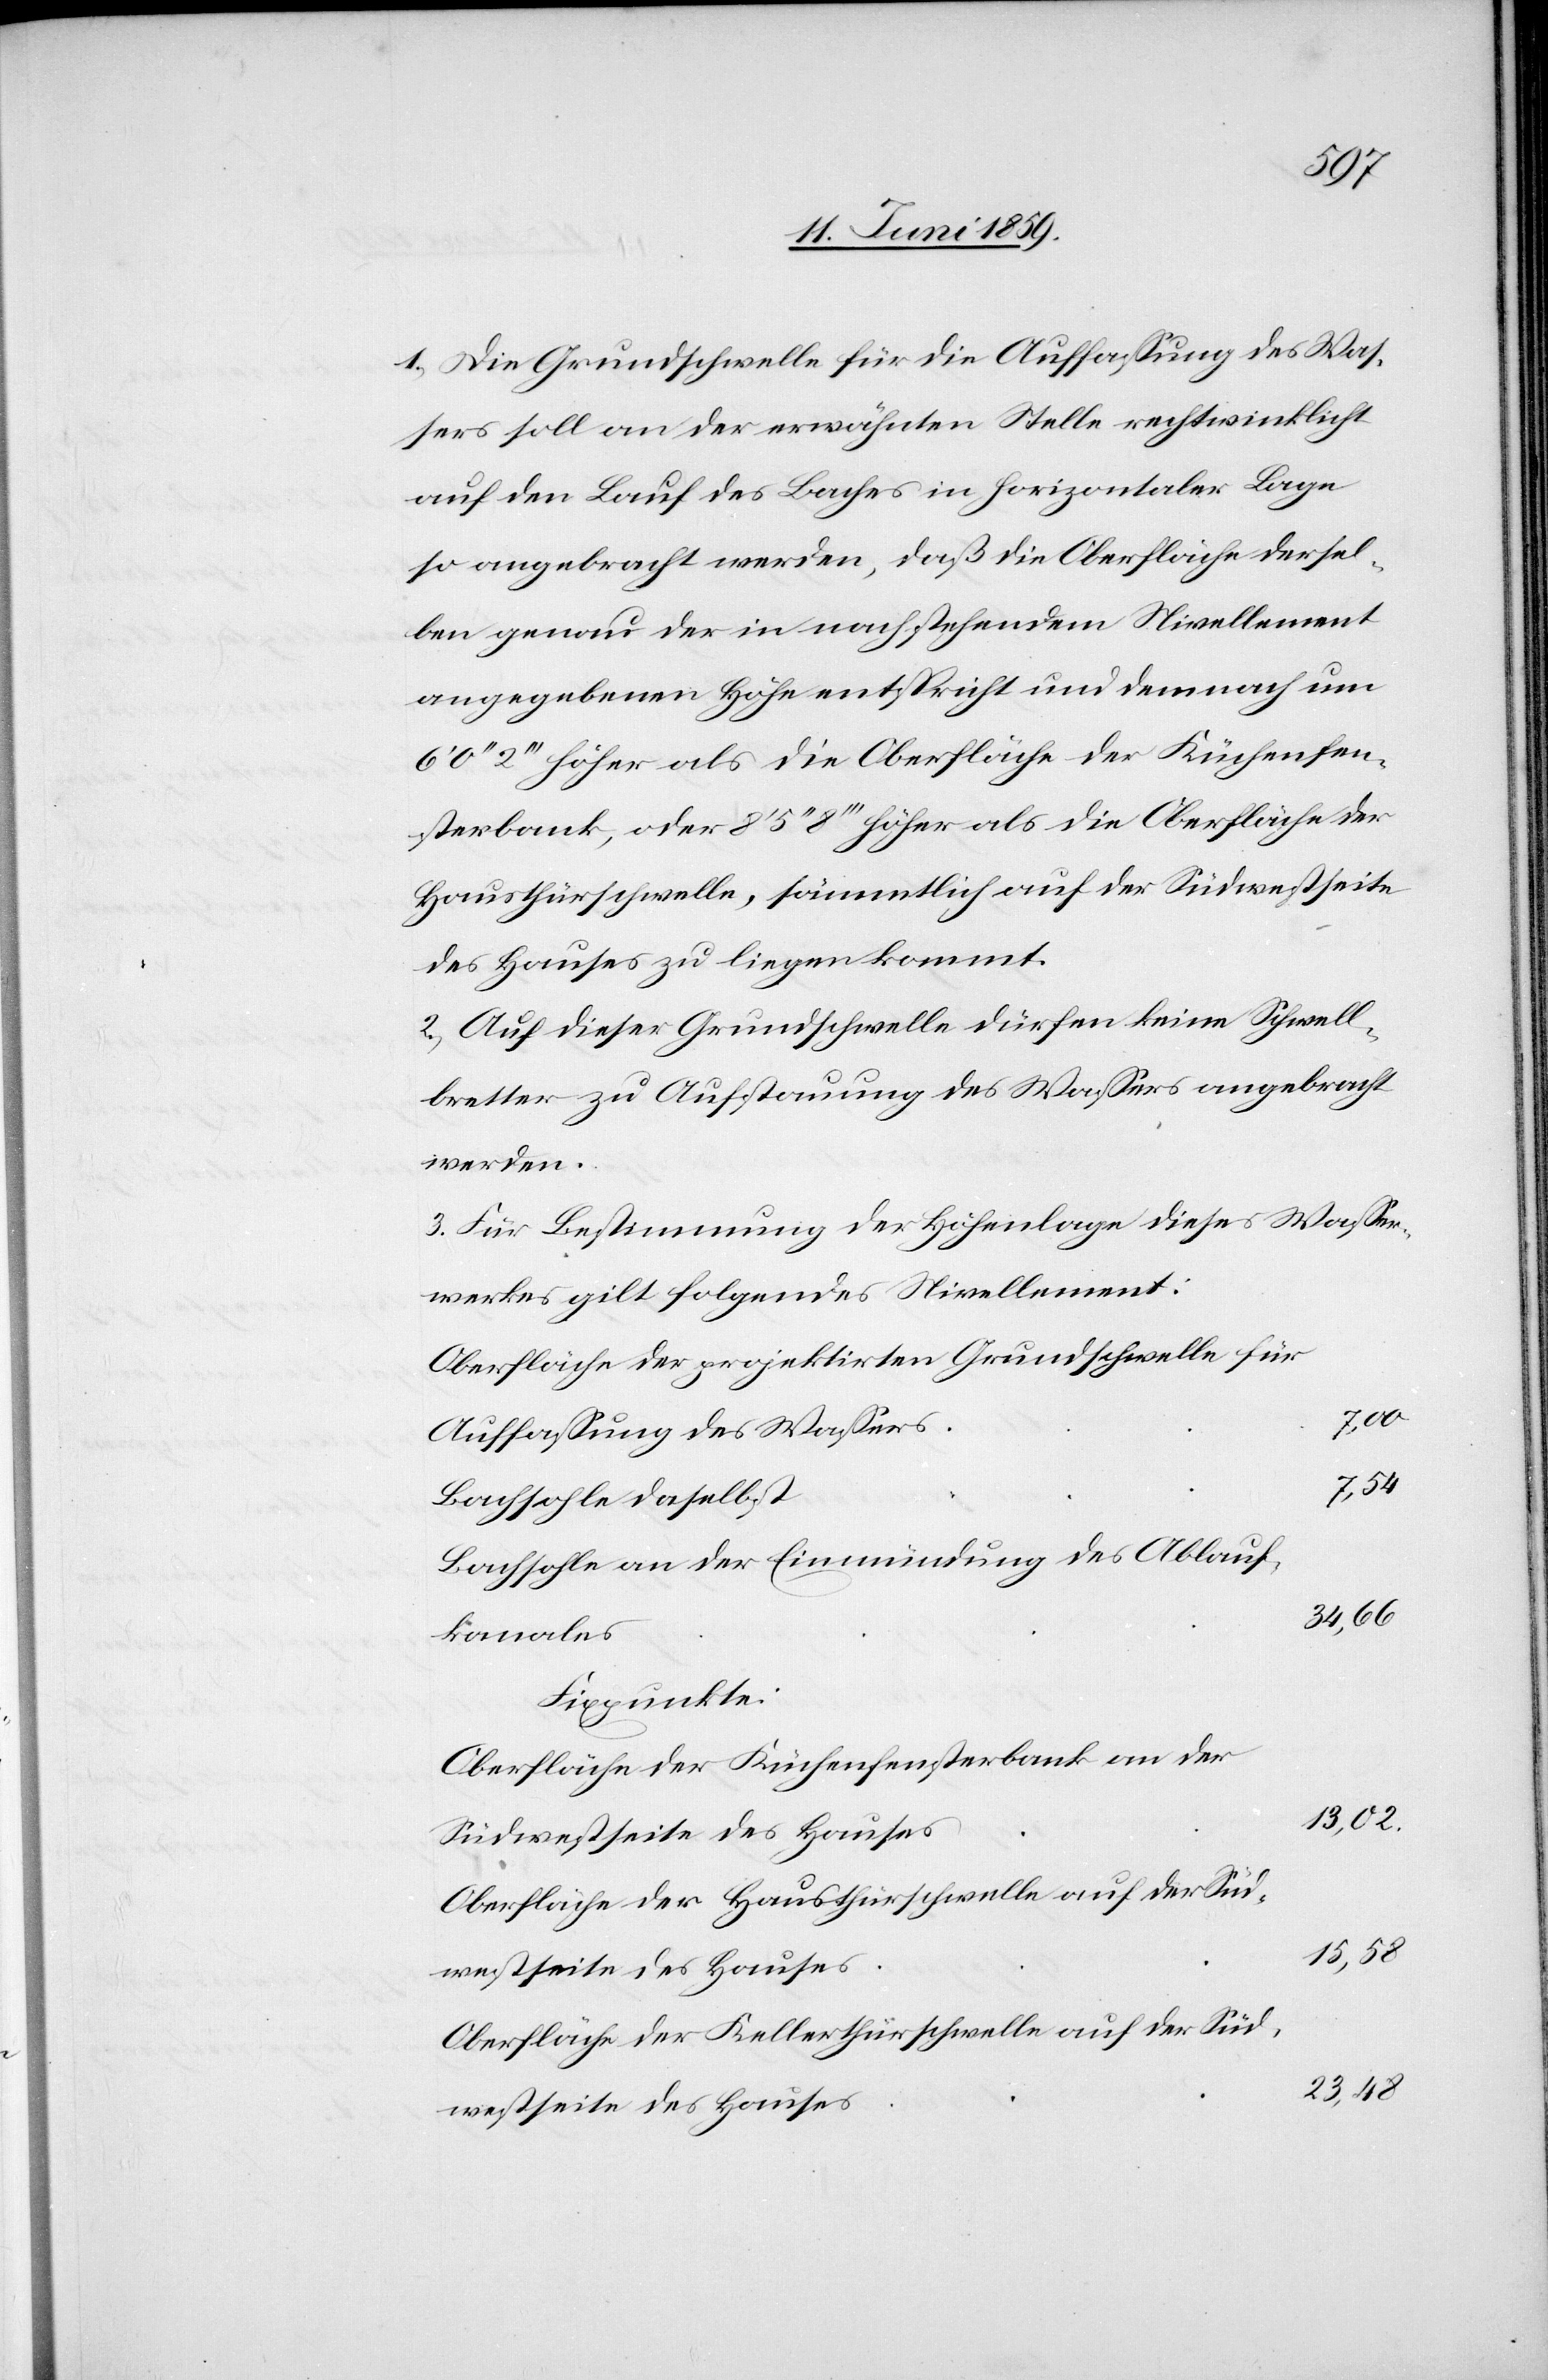
1) Die Grundschwelle für die Auffassung des Was¬
sers soll an der erwähnten Stelle rechtwinklicht
auf den Lauf des Baches in horizontaler Lage
so angebracht werden, daß die Oberfläche dersel¬
ben genau der in nachstehendem Nivellement
angegebenen Höhe entspricht und demnach um
''2''' höher als die Oberfläche der Küchenfen¬
sterbank, oder 8' 5'' 8''' höher als die Oberfläche der
Hausthürschwelle, sämmtlich auf der Südwestseite
des Hauses zu liegen kommt.
2) Auf dieser Grundschwelle dürfen keine Schwell¬
bretter zu Aufstauung des Wassers angebracht
werden.
3) Für Bestimmung der Höhenlage dieses Wasser¬
werkes gilt folgendes Nivellement:
Oberfläche der projektirten Grundschwelle für
7.00
Auffassung des Wassers
7.54
Bachsohle daselbst
Bachsohle an der Einmündung des Ablauf¬
34.66
kanals
Fixpunkte:
Oberfläche der Küchenfensterbank an der
13.02
Südwestseite des Hauses
Oberfläche der Hausthürschwelle auf der Süd¬
15.58
Oberfläche der Kellerthürschwelle auf der Süd¬
23.48
westseite des Hauses